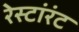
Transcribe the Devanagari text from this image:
रेस्टांरंट